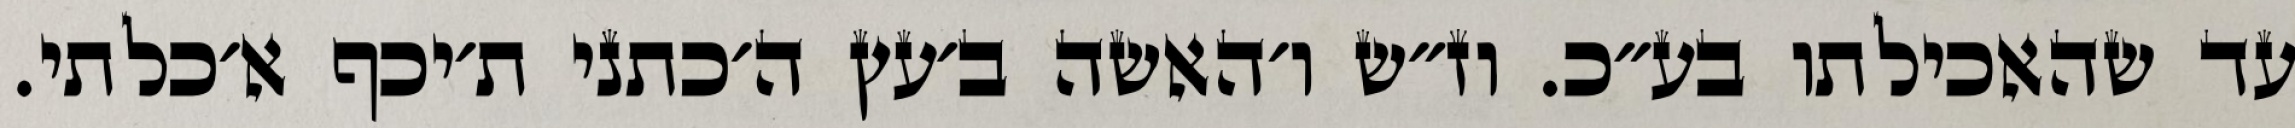
עד שהאכילתו בע״כ. וז״ש ו׳האשה ב׳עץ ה׳כתני ת׳יכף א׳כלתי.